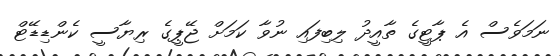
ނަމަވެސް އެ ޕާޓީގެ ތާއީދު ލިބިފައި ނުވާ ކަމަށް ޖޭޕީގެ ރިޔާސީ ކެންޑިޑޭޓް